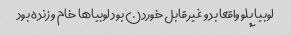
لوبیا پلو واقعا بد و غیر قابل خوردن بود لوبیا‌ها خام و زنده بود